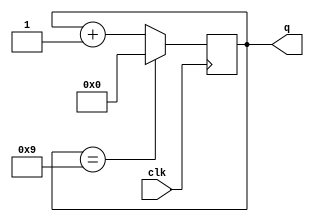
module decade_counter ( output reg [3:0] q,
 input clk );
 initial 
 q=4'h0;
 always @(posedge clk)
 q <= q == 9 ? 0 : q + 1;
endmodule